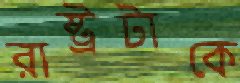
রাষ্ট্রটাকে